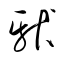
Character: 獻